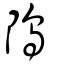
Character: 隖